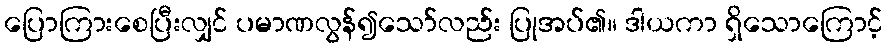
ပြောကြားစေပြီးလျှင် ပမာဏလွန်၍သော်လည်း ပြုအပ်၏။ ဒါယကာ ရှိသောကြောင့်